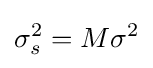
\sigma _{s}^{2}=M\sigma ^{2}